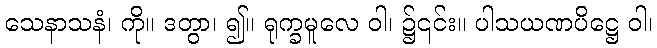
သေနာသနံ၊ ကို။ ဒတွာ၊ ၍။ ရုက္ခမူလေ ဝါ၊ ၌၎င်း။ ပါသယဏပိဋ္ဌေ ဝါ၊